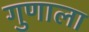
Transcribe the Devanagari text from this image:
गुणाला